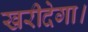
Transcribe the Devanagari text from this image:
खरीदेगा।